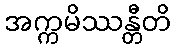
အက္ကမိဿန္တီတိ